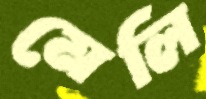
মেলি